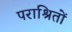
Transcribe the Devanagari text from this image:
पराश्रितों